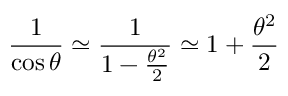
{ \frac { 1 } { \cos \theta } } \simeq { \frac { 1 } { 1 - { \frac { \theta ^ { 2 } } { 2 } } } } \simeq 1 + { \frac { \theta ^ { 2 } } { 2 } }